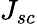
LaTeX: J_{sc}